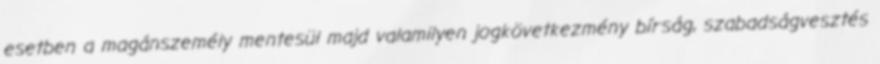
esetben a magánszemély mentesül majd valamilyen jogkövetkezmény bírság, szabadságvesztés